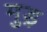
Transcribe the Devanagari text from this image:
मुड़़